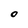
Character: o